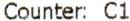
COUNTER: C1